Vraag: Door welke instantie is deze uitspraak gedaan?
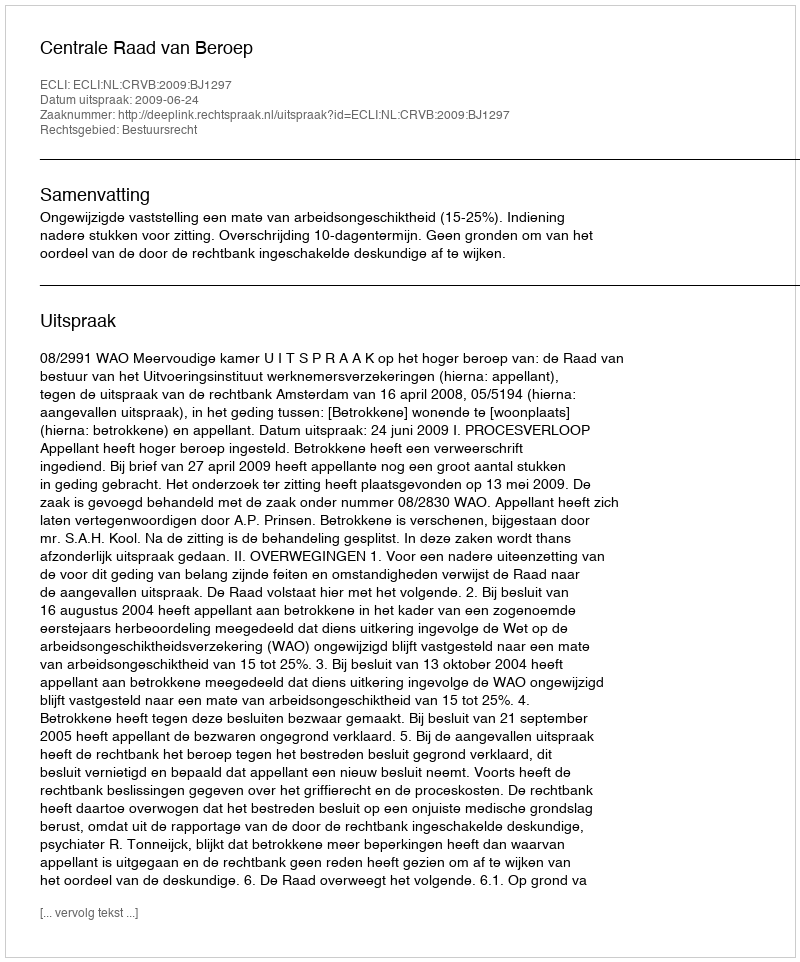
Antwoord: Centrale Raad van Beroep